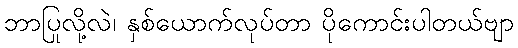
ဘာပြုလို့လဲ၊ နှစ်ယောက်လုပ်တာ ပိုကောင်းပါတယ်ဗျာ